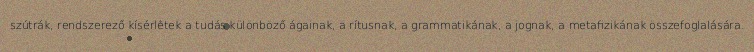
szútrák, rendszerező kísérletek a tudás különböző ágainak, a rítusnak, a grammatikának, a jognak, a metafizikának összefoglalására.